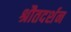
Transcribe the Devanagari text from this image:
श्रौतदर्शन